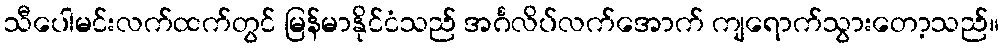
သီပေါမင်းလက်ထက်တွင် မြန်မာနိုင်ငံသည် အင်္ဂလိပ်လက်အောက် ကျရောက်သွားတော့သည်။